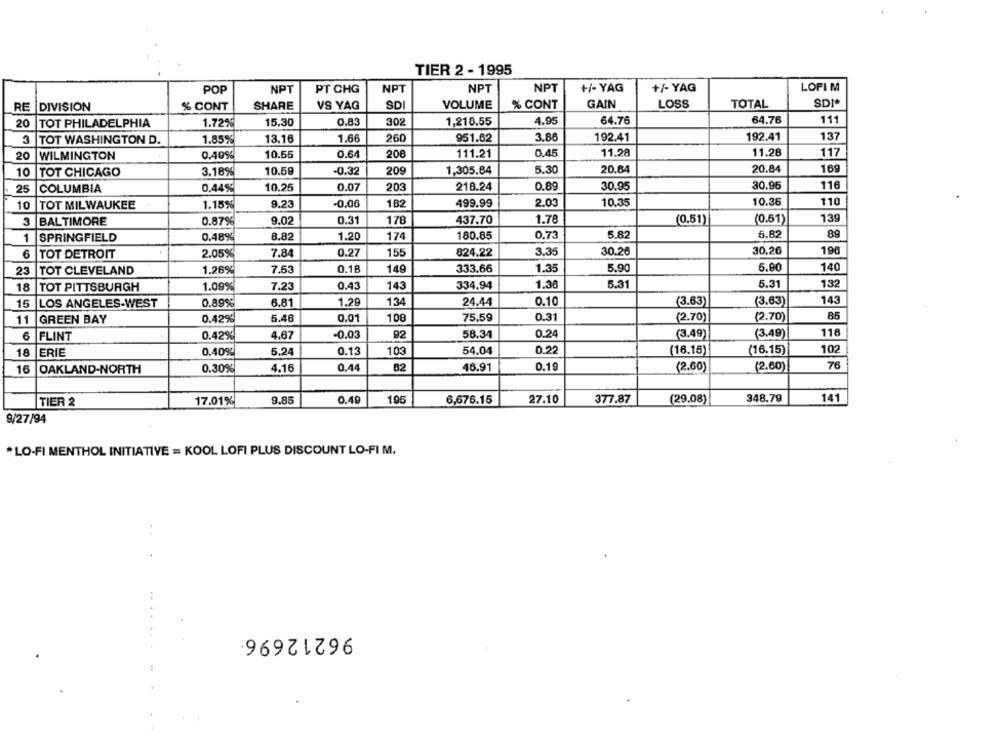
TIER 2 - 1995
POP
NPT
PT CHG
NPT
NPT
NPT
+/- YAG
+/- YAG
LOPIM
SDI
VOLUME
GAIN
TOTAL
SDI*
RE
DIVISION
% CONT
SHARE
VS YAG
% CONT
LOSS
64.76
111
20
TOT PHILADELPHIA
1.72%
15.30
0.83
302
1,218.55
4.95
64.76
3
TOT WASHINGTON D.
1.85%
13.16
1.66
260
951.62
3.86
192.41
192.41
137
20
WILMINGTON
0.40%
10.55
0.64
208
111.21
0.45
11.28
11.28
117
10.59
-0.32
209
1,305.84
5.30
20.84
20.84
169
10
TOT CHICAGO
3.18%
203
218.24
0.89
30.95
30.96
116
25
COLUMBIA
0,44%
10.25
0.07
110
10
TOT MILWAUKEE
1.15%
9.23
-0.06
182
499.99
2.03
10,35
10.36
3
BALTIMORE
0.87%
9.02
0.31
178
437.70
1.78
(0.51)
(0.51)
139
SPRINGFIELD
0.48%
8.82
1.20
174
180.85
0.73
5.82
6.82
89
1
7.84
0.27
155
824.22
3.35
30.26
30.26
198
6
TOT DETROIT
2.05%
0.18
149
333.66
1.35
5.90
5.80
140
23
TOT CLEVELAND
1.26%
7.53
5.31
132
18
TOT PITTSBURGH
1.09%
7.23
0.43
143
334.94
1.30
5.31
15
LOS ANGELES-WEST
0.89%
6.81
1.29
134
24.44
0.10
(3.63)
(3.63)
143
11
GREEN BAY
0.42%
5.46
0.01
108
75,59
0.31
(2.70)
(2.70)
85
92
0.24
(3.49)
(3.49)
118
6
FLINT
0.42%
4.67
-0.03
58.34
0.22
102
18
ERIE
0.40%
5.24
0.13
103
54.04
(16.15)
(16.15)
16
OAKLAND-NORTH
0.30%
4.16
0.44
82
46.91
0.19
(2.60)
(2.60)
76
17.01%
9.85
0.49
106
6,676.15
27.10
377.87
(29.08)
348.79
141
TIER 2
9/27/94
*LO-FI MENTHOL INITIATIVE = KOOL LOFI PLUS DISCOUNT LO-FI M.
96212696